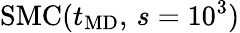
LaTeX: \mathrm{SMC}(t_{\mathrm{MD}},\, s=10^{3})